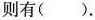
则有()。